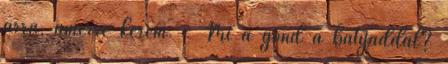
arra, amerre kérem. - Mi a gond a bátyáddal?